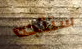
ستتجه